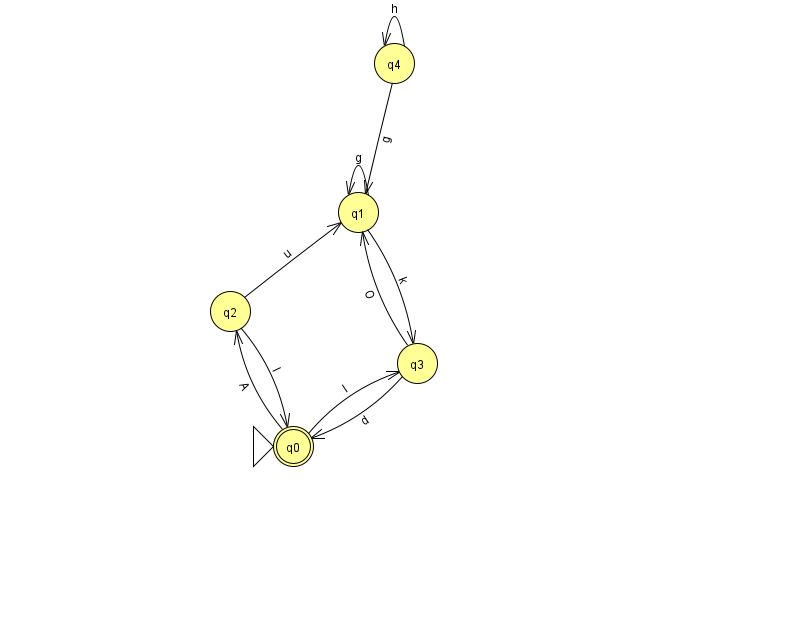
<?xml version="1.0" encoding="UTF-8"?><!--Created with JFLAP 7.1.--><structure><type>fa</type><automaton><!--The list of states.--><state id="0" name="q0"><x>293.0</x><y>433.0</y><initial/><final/></state><state id="1" name="q1"><x>358.0</x><y>199.0</y></state><state id="2" name="q2"><x>230.0</x><y>298.0</y></state><state id="3" name="q3"><x>417.0</x><y>350.0</y></state><state id="4" name="q4"><x>394.0</x><y>50.0</y></state><!--The list of transitions.--><transition><from>2</from><to>1</to><read>u</read></transition><transition><from>3</from><to>0</to><read>d</read></transition><transition><from>4</from><to>1</to><read>g</read></transition><transition><from>0</from><to>2</to><read>A</read></transition><transition><from>1</from><to>1</to><read>g</read></transition><transition><from>4</from><to>4</to><read>h</read></transition><transition><from>1</from><to>3</to><read>k</read></transition><transition><from>2</from><to>0</to><read>l</read></transition><transition><from>0</from><to>3</to><read>l</read></transition><transition><from>3</from><to>1</to><read>O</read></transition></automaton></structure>